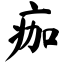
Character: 痂